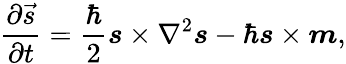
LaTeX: \frac{\partial\vec{s}}{\partial t}=\frac{\hbar}{2}\boldsymbol{s}\times\nabla^{2}\boldsymbol{s}-\hbar\boldsymbol{s}\times\boldsymbol{m},